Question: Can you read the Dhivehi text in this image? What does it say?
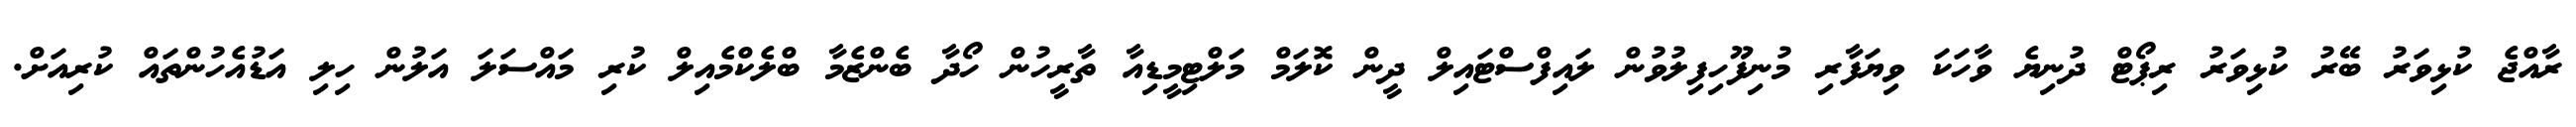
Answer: ރާއްޖެ ކުޅިވަރު ބޭރު ކުޅިވަރު ރިޕޯޓް ދުނިޔެ ވާހަކަ ވިޔަފާރި މުނިފޫހިފިލުވުން ލައިފްސްޓައިލް ދީން ކޮލަމް މަލްޓިމީޑިއާ ތާރީހުން ހޯދާ ބެންޒެމާ ބްލެކްމެއިލް ކުރި މައްސަލަ އަލުން ހިލި އަޑުއެހުންތައް ކުރިއަށް.